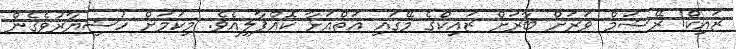
ޒައިކް! ރޭޝަމް ވަރަށް ބާރަށް ޒައިކްގެ މޭގައި އަތްއަޅާ ކޮއްޕާލިއެވެ. މިކަމަށް ހުޝިޔާރުވެގެން